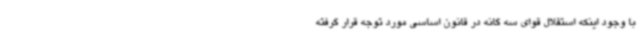
با وجود اینکه استقلال قوای سه گانه در قانون اساسی مورد توجه قرار گرفته